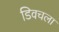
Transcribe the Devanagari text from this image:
डिवचला